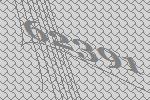
62391